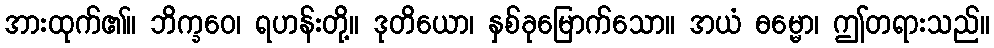
အားထုက်၏။ ဘိက္ခဝေ၊ ရဟန်းတို့။ ဒုတိယော၊ နှစ်ခုမြောက်သော။ အယံ ဓမ္မော၊ ဤတရားသည်။